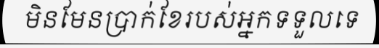
មិនមែនប្រាក់ខែរបស់អ្នកទទួលទេ